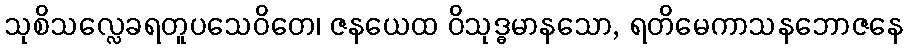
သုစိသလ္လေခရတူပသေဝိတေ၊ ဇနယေထ ဝိသုဒ္ဓမာနသော, ရတိမေကာသနဘောဇနေ